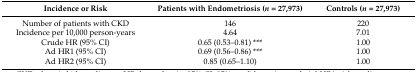
| Incidence or Risk | Patients with Endometriosis (n = 27,973) | Controls (n = 27,973) |
 | --- | --- | --- |
 | Number of patients with CKD | 146 | 220 |
 | Incidence per 10,000 person-years | 4.64 | 7.01 |
 | Crude HR (95% CI) | 0.65 (0.53–0.81) *** | 1.00 |
 | Ad HR1 (95% CI) | 0.69 (0.56–0.86) *** | 1.00 |
 | Ad HR2 (95% CI) | 0.85 (0.65–1.10) | 1.00 |